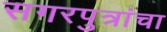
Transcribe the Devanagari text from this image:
सगरपुत्रांचा